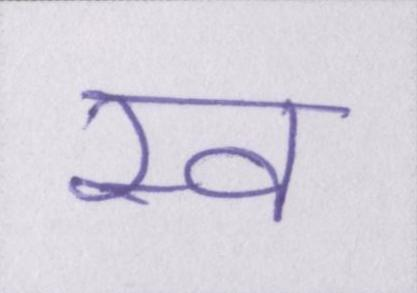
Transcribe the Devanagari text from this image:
स्व